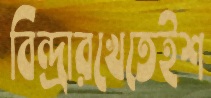
বিন্দ্রারখেতেইশ